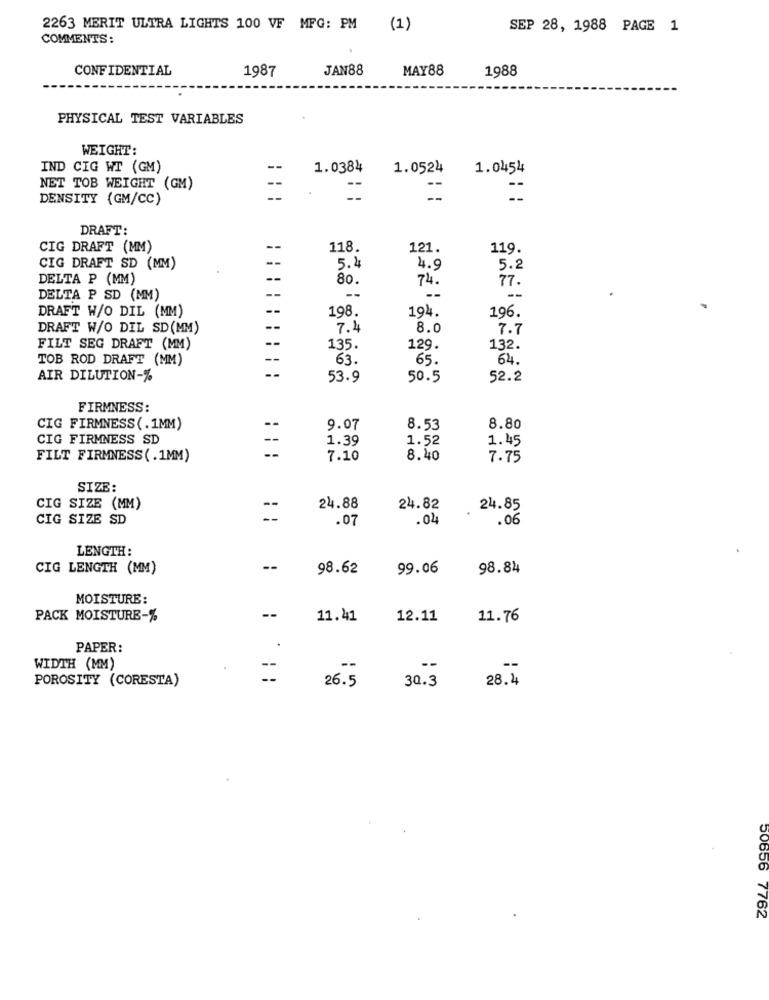
2263 MERIT ULTRA LIGHTS 100 VF MFG: PM (1)
SEP 28, 1988 PAGE 1
COMMENTS:
CONFIDENTIAL
1987
JAN88
MAY88
1988
PHYSICAL TEST VARIABLES
WEIGHT:
IND CIG WT (GM)
1.0384
1.0524
1.0454
NET TOB WEIGHT (GM)
--
--
--
DENSITY (GM/CC)
--
DRAFT:
CIG DRAFT (MM)
118.
121.
119.
--
CIG DRAFT SD (MM)
5.4
4.9
5.2
DELTA P (MM)
--
80.
74.
77.
DELTA P SD (MM)
--
--
--
--
198.
194.
196.
DRAFT W/O DIL (MM)
DRAFT W/O DIL SD(MM)
--
7.4
8.0
7.7
--
FILT SEG DRAFT (MM)
135.
129.
132.
TOB ROD DRAFT (MM)
--
63.
65.
64.
AIR DILUTION-%
53.9
50.5
52.2
FIRMNESS:
CIG FIRMNESS(.1MM)
9.07
8.53
8.80
CIG FIRMNESS SD
1.39
1.52
1.45
FILT FIRMNESS(.1MM)
7.10
8.40
7.75
SIZE:
CIG SIZE (MM)
--
24.88
24.82
24.85
CIG SIZE SD
.07
.04
.06
LENGTH:
CIG LENGTH (MM)
--
98.62
99.06
98.84
MOISTURE:
PACK MOISTURE-%
--
11.41
12.11
11.76
PAPER:
WIDTH (MM)
--
--
--
--
POROSITY (CORESTA)
26.5
30.3
28.4
50656 7762